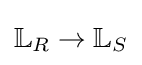
\mathbb {L} _{R}\to \mathbb {L} _{S}